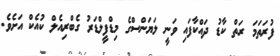
ފުރަތަމަ ރަތް ކާޑު ދައްކާފައި ވަނީ ލަޔަންސްގެ މިޑްފީލްޑަރު ގެބްރިއެލް ކުއެކް އަށެވެ.